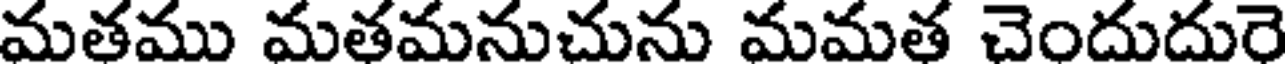
మతము మతమనుచును మమత చెందుదురె